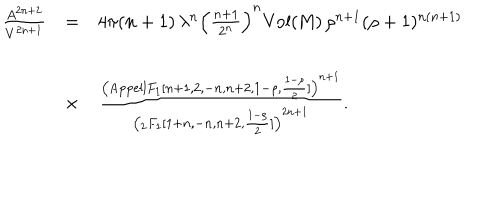
\begin{array} { r c l } { { \frac { A ^ { 2 n + 2 } } { V ^ { 2 n + 1 } } } } & { { = } } & { { 4 \pi ( n + 1 ) \, \lambda ^ { n } \left( \frac { n + 1 } { 2 ^ { n } } \right) ^ { n } \mathrm { V o l ( M ) } \, \rho ^ { n + 1 } ( \rho + 1 ) ^ { n ( n + 1 ) } } } \\ { { } } & { { \times } } & { { \frac { \left( \mathrm { { A p p e l l } } F _ { 1 } [ n + 1 , 2 , - n , n + 2 , 1 - \rho , \frac { 1 - \rho } { 2 } ] \right) ^ { n + 1 } } { \left( _ 2 F _ { 1 } [ 1 + n , - n , n + 2 , \frac { 1 - \rho } { 2 } ] \right) ^ { 2 n + 1 } } . } } \\ \end{array}